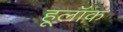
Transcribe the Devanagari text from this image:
हूलॉक